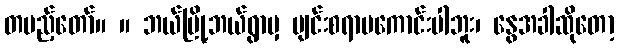
တပည့်တော်။ ။ ဘယ်မြို့ဘယ်ရွာမှ ပျင်းစရာမကောင်းပါဘူး၊ နွေအခါဆိုတော့